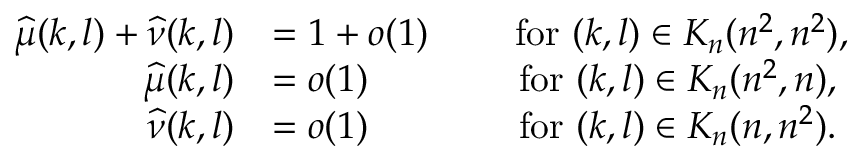
\begin{array} { r l } { \widehat { \mu } ( k , l ) + \widehat { \nu } ( k , l ) } & { = 1 + o ( 1 ) \; \qquad \mathrm { f o r ~ } ( k , l ) \in K _ { n } ( n ^ { 2 } , n ^ { 2 } ) , } \\ { \widehat { \mu } ( k , l ) } & { = o ( 1 ) \qquad \qquad \mathrm { f o r ~ } ( k , l ) \in K _ { n } ( n ^ { 2 } , n ) , } \\ { \widehat { \nu } ( k , l ) } & { = o ( 1 ) \qquad \qquad \mathrm { f o r ~ } ( k , l ) \in K _ { n } ( n , n ^ { 2 } ) . } \end{array}